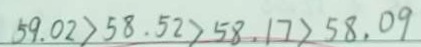
5 9 . 0 2 > 5 8 . 5 2 > 5 8 . 1 7 > 5 8 . 0 9